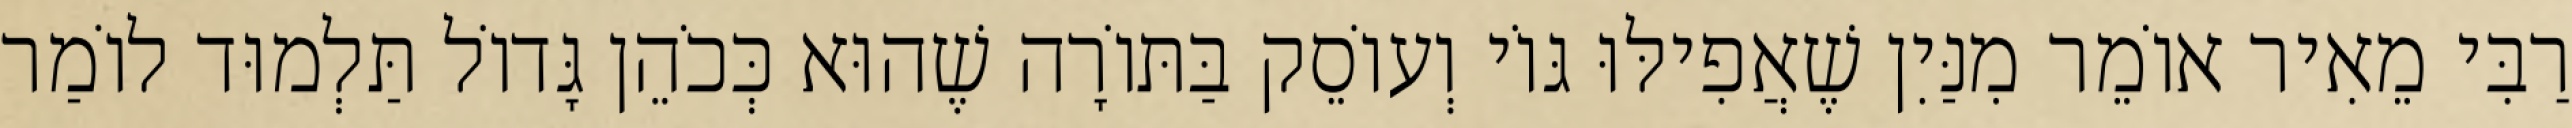
רַבִּי מֵאִיר אוֹמֵר מִנַּיִן שֶׁאֲפִילּוּ גּוֹי וְעוֹסֵק בַּתּוֹרָה שֶׁהוּא כְּכֹהֵן גָּדוֹל תַּלְמוּד לוֹמַר